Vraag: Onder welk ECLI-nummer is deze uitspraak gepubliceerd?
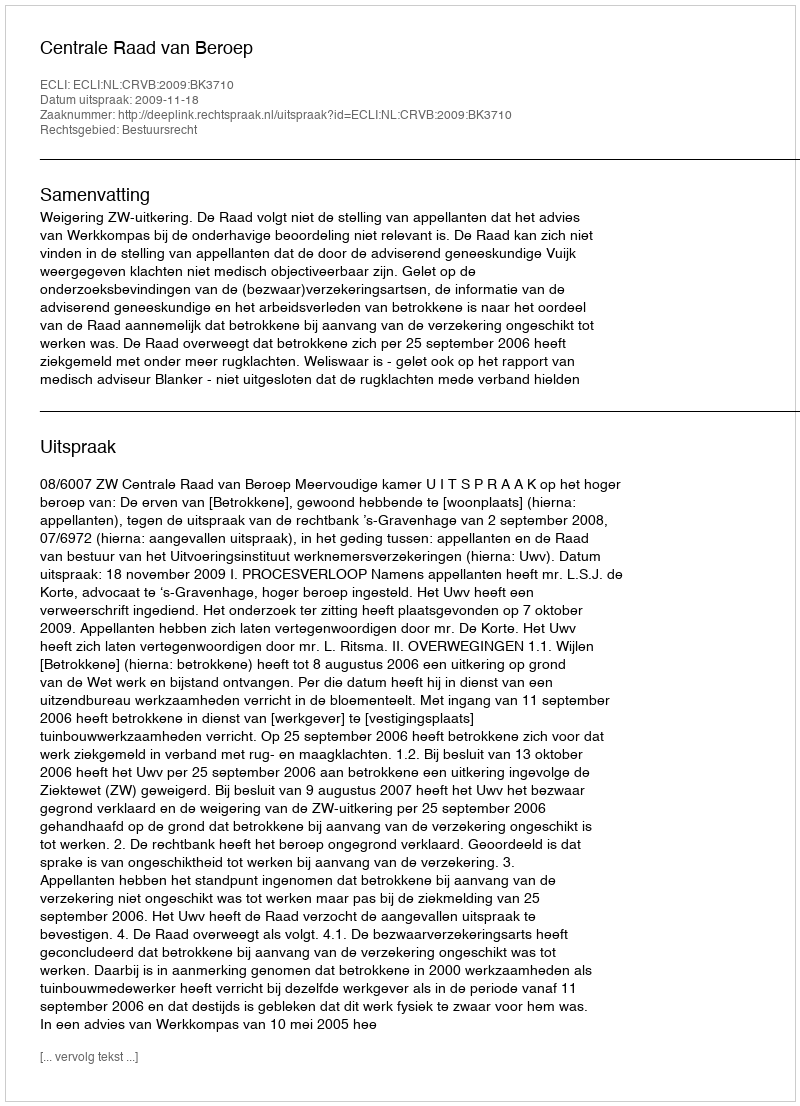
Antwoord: ECLI:NL:CRVB:2009:BK3710